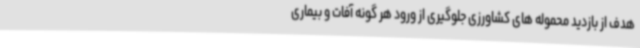
هدف از بازدید محموله های کشاورزی جلوگیری از ورود هر گونه آفات و بیماری